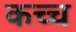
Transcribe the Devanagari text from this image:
कच्च